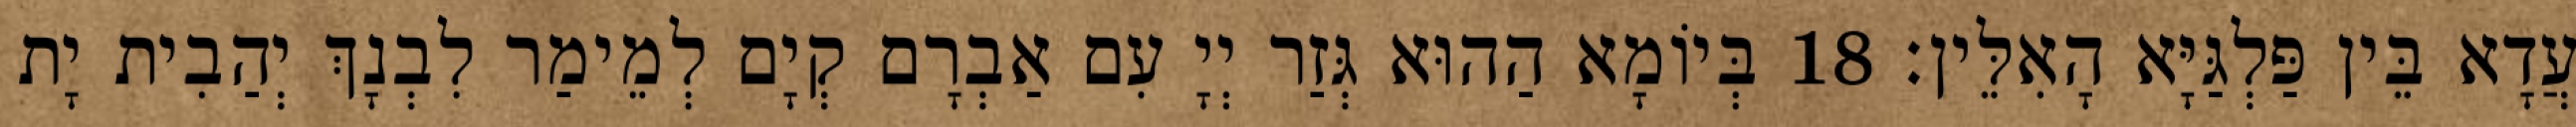
עֲדָא בֵּין פַּלְגַּיָּא הָאִלֵּין׃ 18 בְּיוֹמָא הַהוּא גְּזַר יְיָ עִם אַבְרָם קְיָם לְמֵימַר לִבְנָךְ יְהַבִית יָת